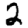
Digit: 2